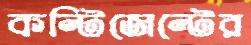
কন্টিজেন্টের